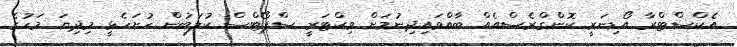
އެކްސްޓްރާ އޯޑިނަރީ ކޮންގްރެސްއެއް ބާއްވައިދިނުމަށް ވިކްޓަރީ ސްޕޯޓްސް ކުލަބުން ހުށަހެޅީ މިދިޔަ މަހުގެ